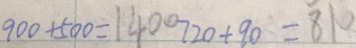
9 0 0 + 5 0 0 = 1 4 0 0 7 2 0 + 9 0 = 8 1 0